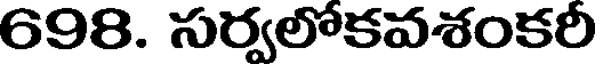
698. సర్వలోకవశంకరీ